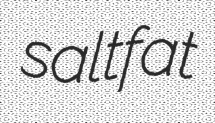
saltfat